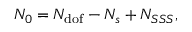
N _ { 0 } = N _ { \mathrm { d o f } } - N _ { s } + N _ { S S S } ,